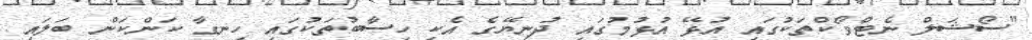
"ސޯޝަލް ނެޓްވޯކްތަކުގައި އުޅޭ އުޅުމުގައި ދުނިޔޭގެ އެކި ހިސާބުތަކުގައި ހިނގާ ކަންކަން ބަލައި